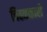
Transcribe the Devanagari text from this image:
चिह्नकारी